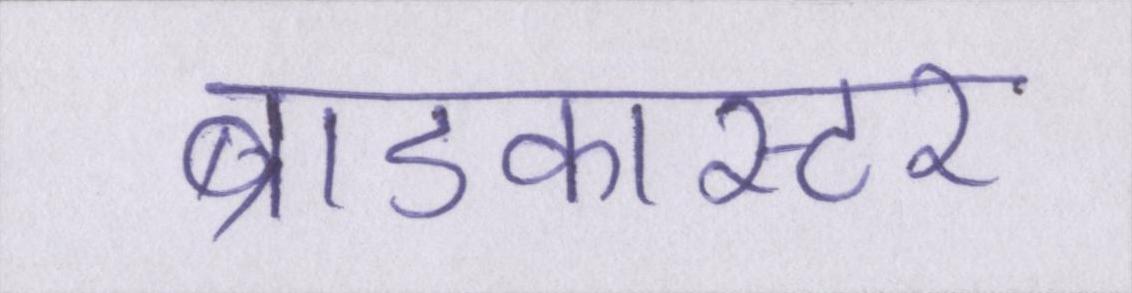
ब्राडकास्टर